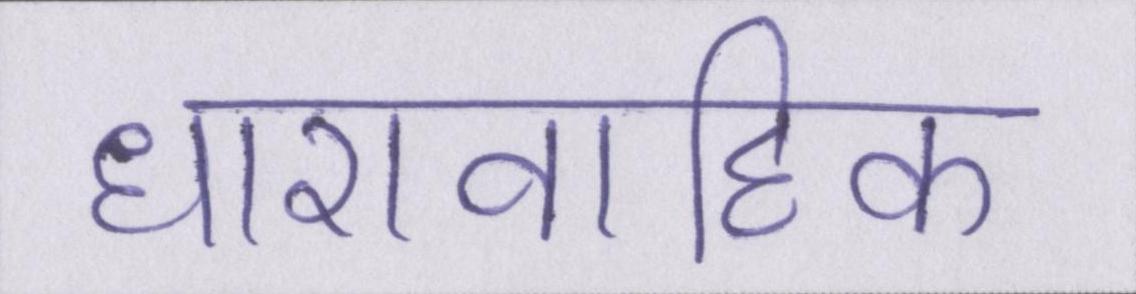
धारावाहिक